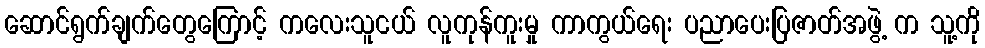
ဆောင်ရွက်ချက်တွေကြောင့် ကလေးသူငယ် လူကုန်ကူးမှု ကာကွယ်ရေး ပညာပေးပြဇာတ်အဖွဲ့ က သူ့ကို